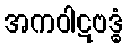
အကဝါဋဗဒ္ဓံ